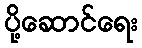
ပို့ဆောင်ရေး